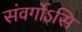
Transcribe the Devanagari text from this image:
संवर्गोऽसि